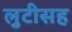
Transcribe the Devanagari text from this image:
लुटीसह